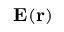
\mathbf { E } ( \mathbf { r } )